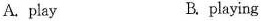
A.play B. playing